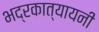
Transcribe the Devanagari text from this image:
भद्रकात्यायनी